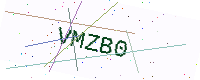
Text: VMZB0